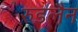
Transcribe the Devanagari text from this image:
रुडलैन